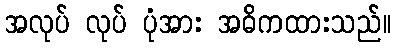
အလုပ် လုပ် ပုံအား အဓိကထားသည်။